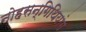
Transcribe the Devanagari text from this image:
नोहसन्गिथियांग